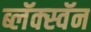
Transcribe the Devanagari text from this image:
ब्लॅक्स्वॅन